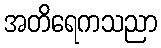
အတိရေကသညာ